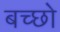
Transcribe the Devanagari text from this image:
बच्छो